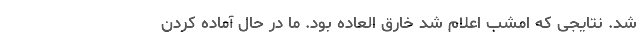
شد. نتایجی که امشب اعلام شد خارق العاده بود. ما در حال آماده کردن